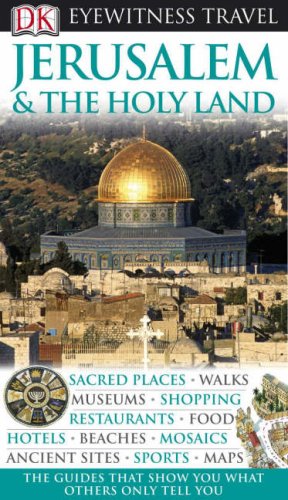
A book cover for DK Eyewitness Travel Guide: Jerusalem & the Holy Lands; Travel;